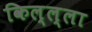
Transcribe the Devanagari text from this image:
किल्ल्ला